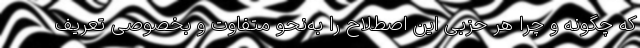
که چگونه و چرا هر حزبی این اصطلاح را به‌نحو متفاوت و بخصوصی تعریف